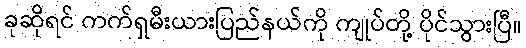
ခုဆိုရင် ကက်ရှမီးယားပြည်နယ်ကို ကျုပ်တို့ ပိုင်သွားပြီ။